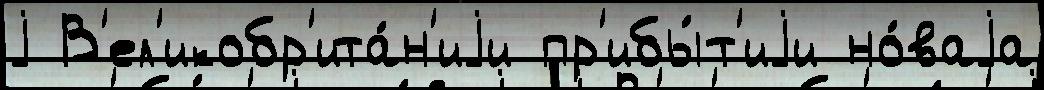
j В'ел'икобр'ита́н'иjи пр'ибы́т'иjи но́ваjа